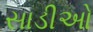
સાડીઓ